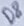
Text: D8